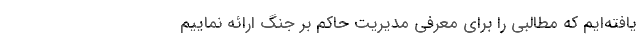
یافته‌ایم که مطالبی را برای معرفی مدیریت حاکم بر جنگ ارائه نماییم